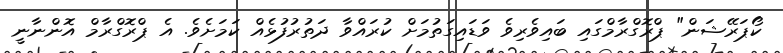
ކޯޕަރޭޝަން" ޕްރޮގްރާމްގައި ބައިވެރިވެ ވަޑައިގަތުމަށް ކުރައްވާ ދަތުރުފުޅެއް ކަމަށެވެ. އެ ޕްރޮގްރާމް އޮންނާނީ